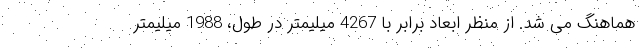
هماهنگ می شد. از منظر ابعاد برابر با 4267 میلیمتر در طول، 1988 میلیمتر